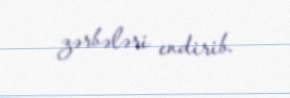
zərbələri endirib.